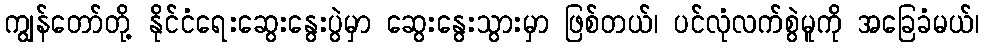
ကျွန်တော်တို့ နိုင်ငံရေးဆွေးနွေးပွဲမှာ ဆွေးနွေးသွားမှာ ဖြစ်တယ်၊ ပင်လုံလက်စွဲမူကို အခြေခံမယ်၊